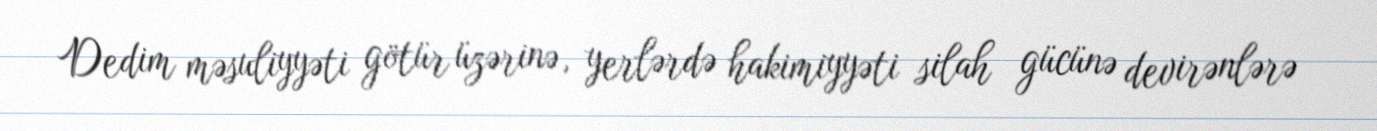
Dedim məsuliyyəti götür üzərinə, yerlərdə hakimiyyəti silah gücünə devirənlərə